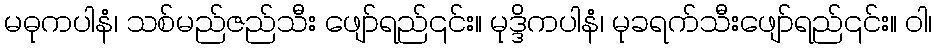
မဓုကပါနံ၊ သစ်မည်ဇည်သီး ဖျော်ရည်၎င်း။ မုဒ္ဒိကပါနံ၊ မုခရက်သီးဖျော်ရည်၎င်း။ ဝါ၊